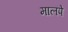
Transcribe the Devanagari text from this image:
मालपे